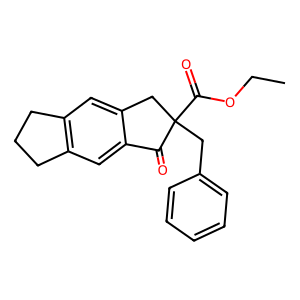
SMILES: CCOC(=O)C1(Cc2ccccc2)Cc2cc3c(cc2C1=O)CCC3
Inhibits HIV replication: No